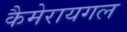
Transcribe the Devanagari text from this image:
कैमेरायगल